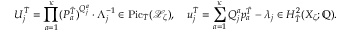
U _ { j } ^ { \widetilde { T } } = \prod _ { a = 1 } ^ { \boldsymbol { \kappa } } ( P _ { a } ^ { \widetilde { T } } ) ^ { Q _ { j } ^ { a } } \cdot \Lambda _ { j } ^ { - 1 } \in \mathrm { P i c } _ { \widetilde { T } } ( \mathscr { X } _ { \zeta } ) , \quad u _ { j } ^ { \widetilde { T } } = \sum _ { a = 1 } ^ { \boldsymbol { \kappa } } Q _ { j } ^ { a } p _ { a } ^ { \widetilde { T } } - \lambda _ { j } \in H _ { \widetilde { T } } ^ { 2 } ( X _ { \zeta } ; \mathbb { Q } ) .